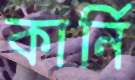
কার্নি